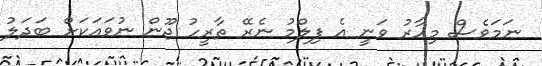
ނަމަވެސް މިހާރު ވަނީ އެ ފިލްމު ނެރޭ ތާރީހު ޖޫން ނުވައަކަށް ބަދަލު